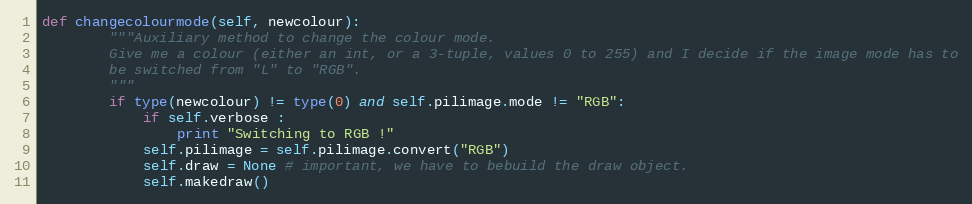
Language: Python
def changecolourmode(self, newcolour):
        """Auxiliary method to change the colour mode.
        Give me a colour (either an int, or a 3-tuple, values 0 to 255) and I decide if the image mode has to
        be switched from "L" to "RGB".
        """
        if type(newcolour) != type(0) and self.pilimage.mode != "RGB":
            if self.verbose :
                print "Switching to RGB !"
            self.pilimage = self.pilimage.convert("RGB")
            self.draw = None # important, we have to bebuild the draw object.
            self.makedraw()